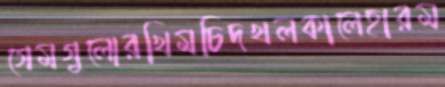
গেমগুলোরখিমচিদখলকালেহারম